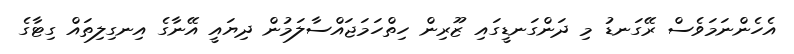
އެހެންނަމަވެސް ރޭގަނޑު މި ދަންގަނޑީގައި ޒޫރިން ހިތްހަމަޖައްސާލަމުން ދިޔައީ އޭނާގެ އިނގިލިތައް ގިޓާގެ